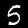
Digit: 5